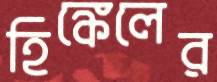
হিঙ্কেলের